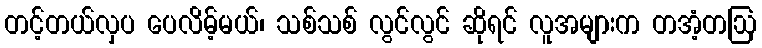
တင့်တယ်လှပ ပေလိမ့်မယ်၊ သစ်သစ် လွင်လွင် ဆိုရင် လူအများက တအံ့တဩ